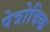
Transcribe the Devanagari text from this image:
पेत्रोविक